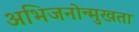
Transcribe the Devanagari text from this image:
अभिजनोन्मुखता